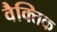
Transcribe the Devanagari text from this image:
वैक्तिक